Report of the Indian Hemp Drugs Commission, 1894-1895 - Volume V
Year: 1894
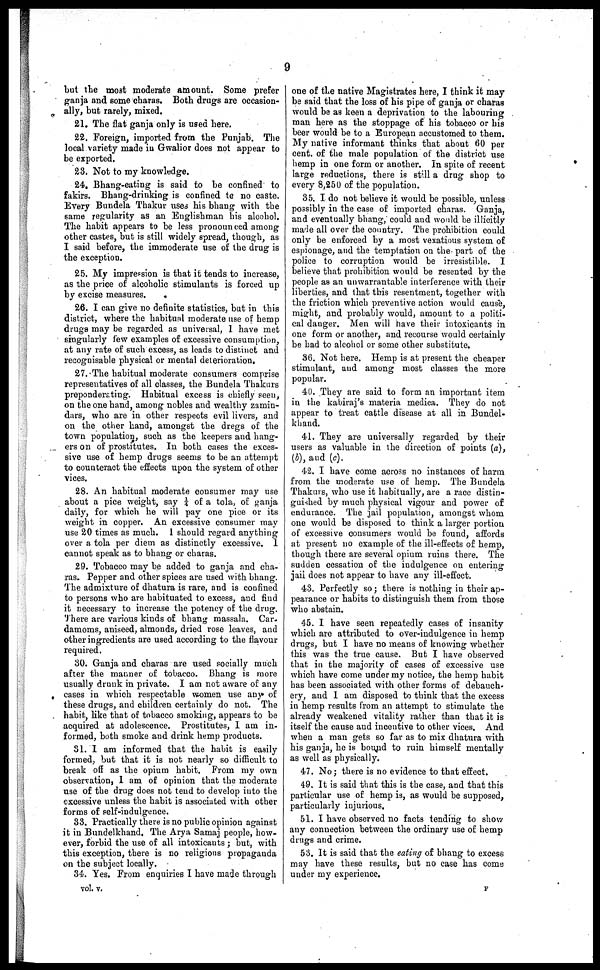
9
but the most moderate amount. Some prefer
ganja and some charas. Both drugs are occasion-
ally, but rarely, mixed.
21. The flat ganja only is used here.
22. Foreign, imported from the Punjab. The
local variety made in Gwalior does not appear to
be exported.
23. Not to my knowledge.
24. Bhang-eating is said to be confined to
fakirs. Bhang-drinking is confined to no caste.
Every Bundela Thakur uses his bhang with the
same regularity as an Englishman his alcohol.
The habit appears to be less pronounced among
other castes, but is still widely spread, though, as
I said before, the immoderate use of the drug is
the exception.
25. My impression is that it tends to increase,
as the price of alcoholic stimulants is forced up
by excise measures.
26. I can give no definite statistics, but in this
district, where the habitual moderate use of hemp
drugs may be regarded as universal, I have met
singularly few examples of excessive consumption,
at any rate of such excess, as loads to distinct and
recognisable physical or mental deterioration.
27. The habitual moderate consumers comprise
representatives of all classes, the Bundela Thakurs
preponderating. Habitual excess is chiefly seen,
on the one hand, among nobles and wealthy zamin-
dars, who are in other respects evil livers, and
on the other hand, amongst the dregs of the
town population, such as the keepers and hang-
ers on of prostitutes. In both cases the exces-
sive use of hemp drugs seems to be an attempt
to counteract the effects upon the system of other
vices.
28. An habitual moderate consumer may use
about a pice weight, say 1/4 of a tola, of ganja
daily, for which he will pay one pice or its
weight in copper. An excessive consumer may
use 20 times as much. I should regard anything
over a tola per diem as distinctly excessive. I
cannot speak as to bhang or charas.
29. Tobacco may be added to ganja and cha-
ras. Pepper and other spices are used with bhang.
The admixture of dhatura is rare, and is confined
to persons who are habituated to excess, and find
it necessary to increase the potency of the drug.
There are various kinds of bhang massala. Car-
damoms, aniseed, almonds, dried rose leaves, and
other ingredients are used according to the flavour
required.
30. Ganja and charas are used socially much
after the manner of tobacco. Bhang is more
usually drunk in private. I am not aware of any
cases in which respectable women use any of
these drugs, and children certainly do not. The
habit, like that of tobacco smoking, appears to be
acquired at adolescence. Prostitutes, I am in-
formed, both smoke and drink hemp products.
31. I am informed that the habit is easily
formed, but that it is not nearly so difficult to
break off as the opium habit. From my own
observation, I am of opinion that the moderate
use of the drug does not tend to develop into the
excessive unless the habit is associated with other
forms of self-indulgence.
33. Practically there is no public opinion against
it in Bundelkhand. The Arya Samaj people, how-
ever, forbid the use of all intoxicants; but, with
this exception, there is no religions propaganda
on the subject locally.
34. Yes. From enquiries I have made through
vol. v.
one of the native Magistrates here, I think it may
be said that the loss of his pipe of ganja or charas
would be as keen a deprivation to the labouring
man here as the stoppage of his tobacco or his
beer would be to a European accustomed to them.
My native informant thinks that about 60 per
cent. of the male population of the district use
hemp in one form or another. In spite of recent
large reductions, there is still a drug shop to
every 8,250 of the population.
35. I do not believe it would be possible, unless
possibly in the case of imported charas. Ganja,
and eventually bhang, could and would be illicitly
made all over the country. The prohibition could
only be enforced by a most vexatious system of
espionage, and the temptation on the part of the
police to corruption would be irresistible. I
believe that prohibition would be resented by the
people as an unwarrantable interference with their
liberties, and that this resentment, together with
the friction which preventive action would cause,
might, and probably would, amount to a politi-
cal danger. Men will have their intoxicants in
one form or another, and recourse would certainly
be had to alcohol or some other substitute.
36. Not here. Hemp is at present the cheaper
stimulant, and among most classes the more
popular.
40. They are said to form an important item
in the kabiraj's materia medica. They do not
appear to treat cattle disease at all in Bundel-
khand.
41. They are universally regarded by their
users as valuable in the direction of points (a),
(b), and (c).
42. I have come across no instances of harm
from the moderate use of hemp. The Bundela
Thakurs, who use it habitually, are a race distin-
guished by much physical vigour and power of
endurance. The jail population, amongst whom
one would be disposed to think a larger portion
of excessive consumers would be found, affords
at present no example of the ill-effects of hemp,
though there are several opium ruins there. The
sudden cessation of the indulgence on entering
jail does not appear to have any ill-effect.
43. Perfectly so; there is nothing in their ap-
pearance or habits to distinguish them from those
who abstain.
45. I have seen repeatedly cases of insanity
which are attributed to over-indulgence in hemp
drugs, but I have no means of knowing whether
this was the true cause. But I have observed
that in the majority of cases of excessive use
which have come under my notice, the hemp habit
has been associated with other forms of debauch-
ery, and I am disposed to think that the excess
in hemp results from an attempt to stimulate the
already weakened vitality rather than that it is
itself the cause and incentive to other vices. And
when a man gets so far as to mix dhatura with
his ganja, he is bound to ruin himself mentally
as well as physically.
47. No; there is no evidence to that effect.
49. It is said that this is the case, and that this
particular use of hemp is, as would be supposed,
particularly injurious.
51. I have observed no facts tending to show
any connection between the ordinary use of hemp
drugs and crime.
53. It is said that the eating of bhang to excess
may have these results, but no case has come
under my experience.